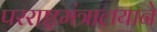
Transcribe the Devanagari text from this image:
परराष्ट्रमंत्रालयाने